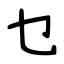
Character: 乜